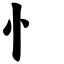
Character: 忄